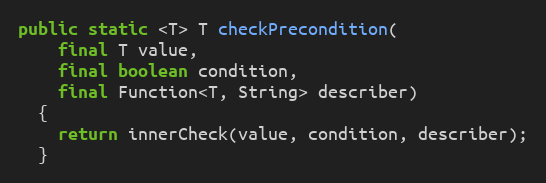
Language: Java
public static <T> T checkPrecondition(
    final T value,
    final boolean condition,
    final Function<T, String> describer)
  {
    return innerCheck(value, condition, describer);
  }